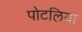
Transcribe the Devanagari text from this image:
पोटलिया